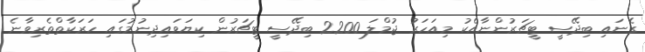
ގެނައި ބިދޭސީ ޓީޗަރުންނާއެކު މިއަހަރު ޖުމްލަ 2200 ބިދޭސީ ޓީޗަރުން ކިޔަވައިދިނުމުގައި ހަރަކާތްތެރިވާނެ